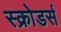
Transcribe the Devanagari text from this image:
स्क्रोडर्स